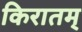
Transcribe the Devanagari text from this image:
किरातम्